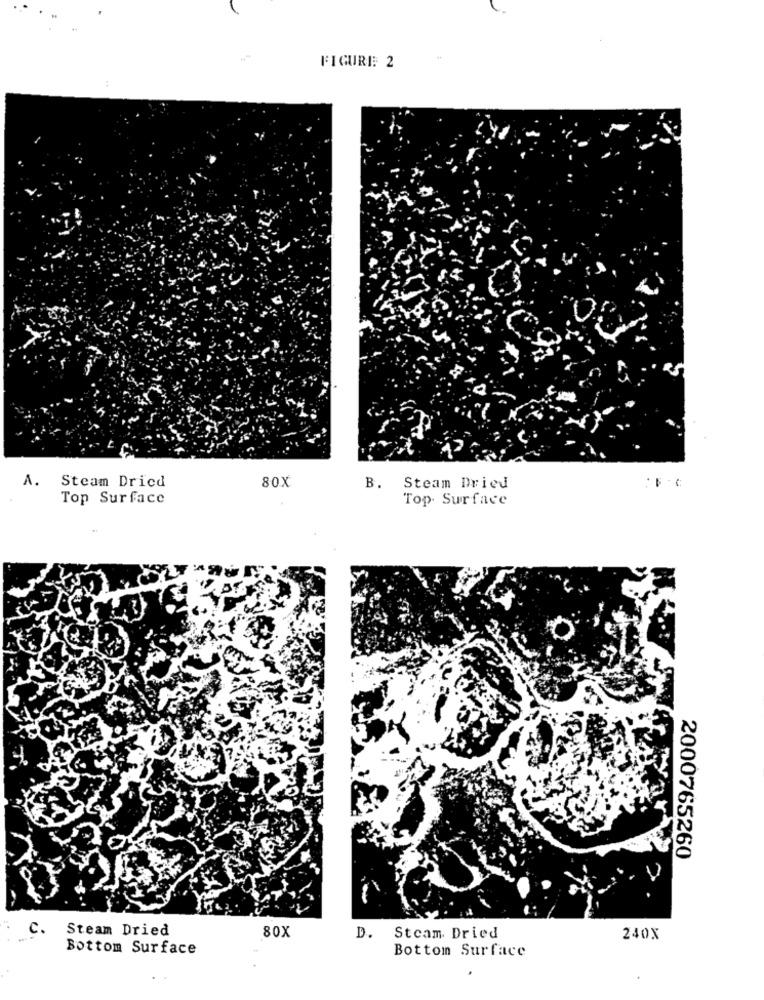
FIGURE: 2
A.
Steam Dried
80X
B.
Steam Dried
Top Surface
Top. Surface
2000765260
c.
Steam Dried
80X
D.
Steam Dried
240X
Bottom Surface
Bottom Surface